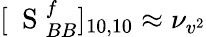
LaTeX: [\mathrm{~\mathbf~S~}_{BB}^{f}]_{10,10}\approx\nu_{v^{2}}